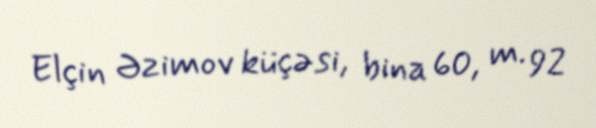
Elçin Əzimov küçəsi, bina 60, m. 92